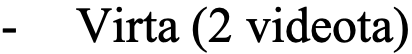
- Virta (2 videota)